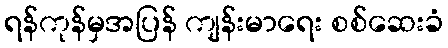
ရန်ကုန်မှအပြန် ကျန်းမာရေး စစ်ဆေးခံ